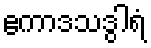
ဧကာဒသဒွါရံ